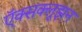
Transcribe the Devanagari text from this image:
ऍक्सक्लूझ़न